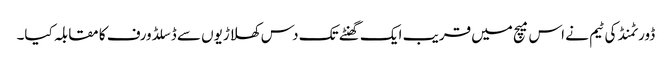
ڈورٹمنڈ کی ٹیم نے اس میچ میں قریب ایک گھنٹے تک دس کھلاڑیوں سے ڈسلڈورف کا مقابلہ کیا۔